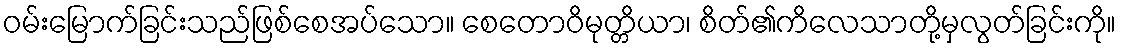
ဝမ်းမြောက်ခြင်းသည်ဖြစ်စေအပ်သော။ စေတောဝိမုတ္တိယာ၊ စိတ်၏ကိလေသာတို့မှလွတ်ခြင်းကို။